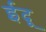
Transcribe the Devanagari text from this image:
ईदू